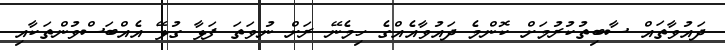
ދައުވާތައް ސާބިތުކުރުމަށް ކޮންމެ ދައުވާއެއްގެ ހިމެނޭ ރަށް ނުވަތަ ފަޅާ ގުޅޭ އެއްބަސްވުންތަކާއި